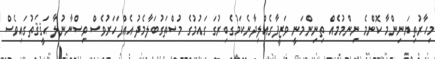
މިހާރުތިޔަނިންމާ ކޮންމެ ނިންމުމެއް ތިނިންމަނީ ވަޒީފާގެއްލިދާނެކަމުގެބިރުގަ ގައުމުގެ މުސްތަގުބަލާމެދު އެއްފަހަރުވެސް ވިސްނާނުލާ ޙަޤީޤަތުގައިވެސް